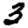
Digit: 3